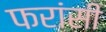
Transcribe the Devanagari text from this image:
फरांसी